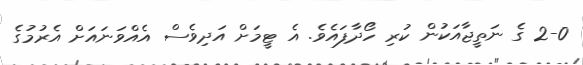
2-0 ގެ ނަތީޖާއަކުން ކުރި ހޯދާފައެވެ. އެ ޓީމަށް އަދިވެސް އެއްވަނައަށް އެރުމުގެ